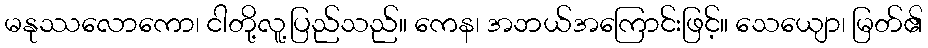
မနုဿလောကော၊ ငါတို့လူ့ပြည်သည်။ ကေန၊ အဘယ်အကြောင်းဖြင့်။ သေယျော၊ မြတ်၏